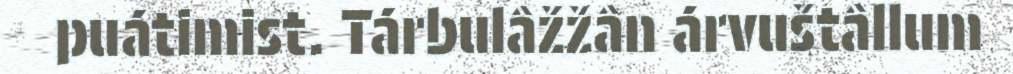
puátimist. Tárbulâžžân árvuštâllum